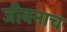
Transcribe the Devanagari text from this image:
जीवनाच